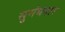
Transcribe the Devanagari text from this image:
सुगंधदार